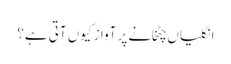
انگلیاں چٹخانے پر آواز کیوں آتی ہے؟